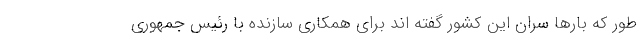
طور که بارها سران این کشور گفته اند برای همکاری سازنده با رئیس جمهوری